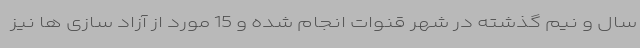
سال و نیم گذشته در شهر قنوات انجام شده و 15 مورد از آزاد سازی ها نیز